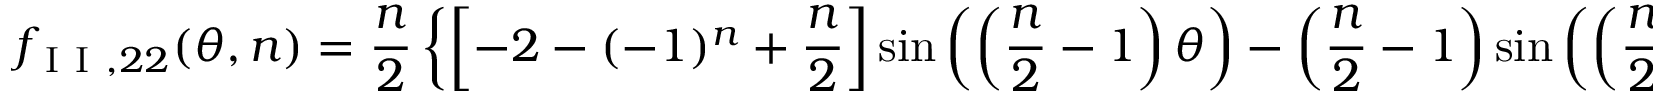
f _ { \mathrm { ~ I ~ I ~ } , 2 2 } ( \theta , n ) = \frac { n } { 2 } \left\{ \left[ - 2 - ( - 1 ) ^ { n } + \frac { n } { 2 } \right] \sin \left( \left( \frac { n } { 2 } - 1 \right) \theta \right) - \left( \frac { n } { 2 } - 1 \right) \sin \left( \left( \frac { n } { 2 } - 3 \right) \theta \right) \right\}